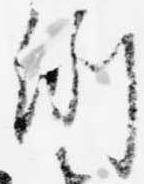
例